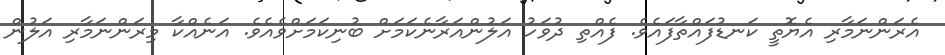
އެރަންނަމާރި އެޔޮތީ ކަނޑުފައްތާފައެވެ. ފެއްތި ދުވަހު އަލުންއަރާނެކަމަށް ބުނިކަމަށްވެއެވެ. އަނެއްކާ މިރަންނަމާރި އަލުން